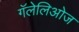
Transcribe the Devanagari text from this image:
गॅलेलिओज